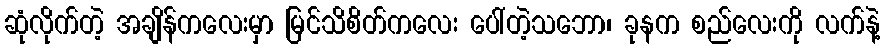
ဆုံလိုက်တဲ့ အချိန်ကလေးမှာ မြင်သိစိတ်ကလေး ပေါ်တဲ့သဘော၊ ခုနက စည်လေးကို လက်နဲ့